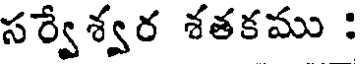
సర్వేశ్వర శతకము :